Tartu_linnavalitsus, lk 120
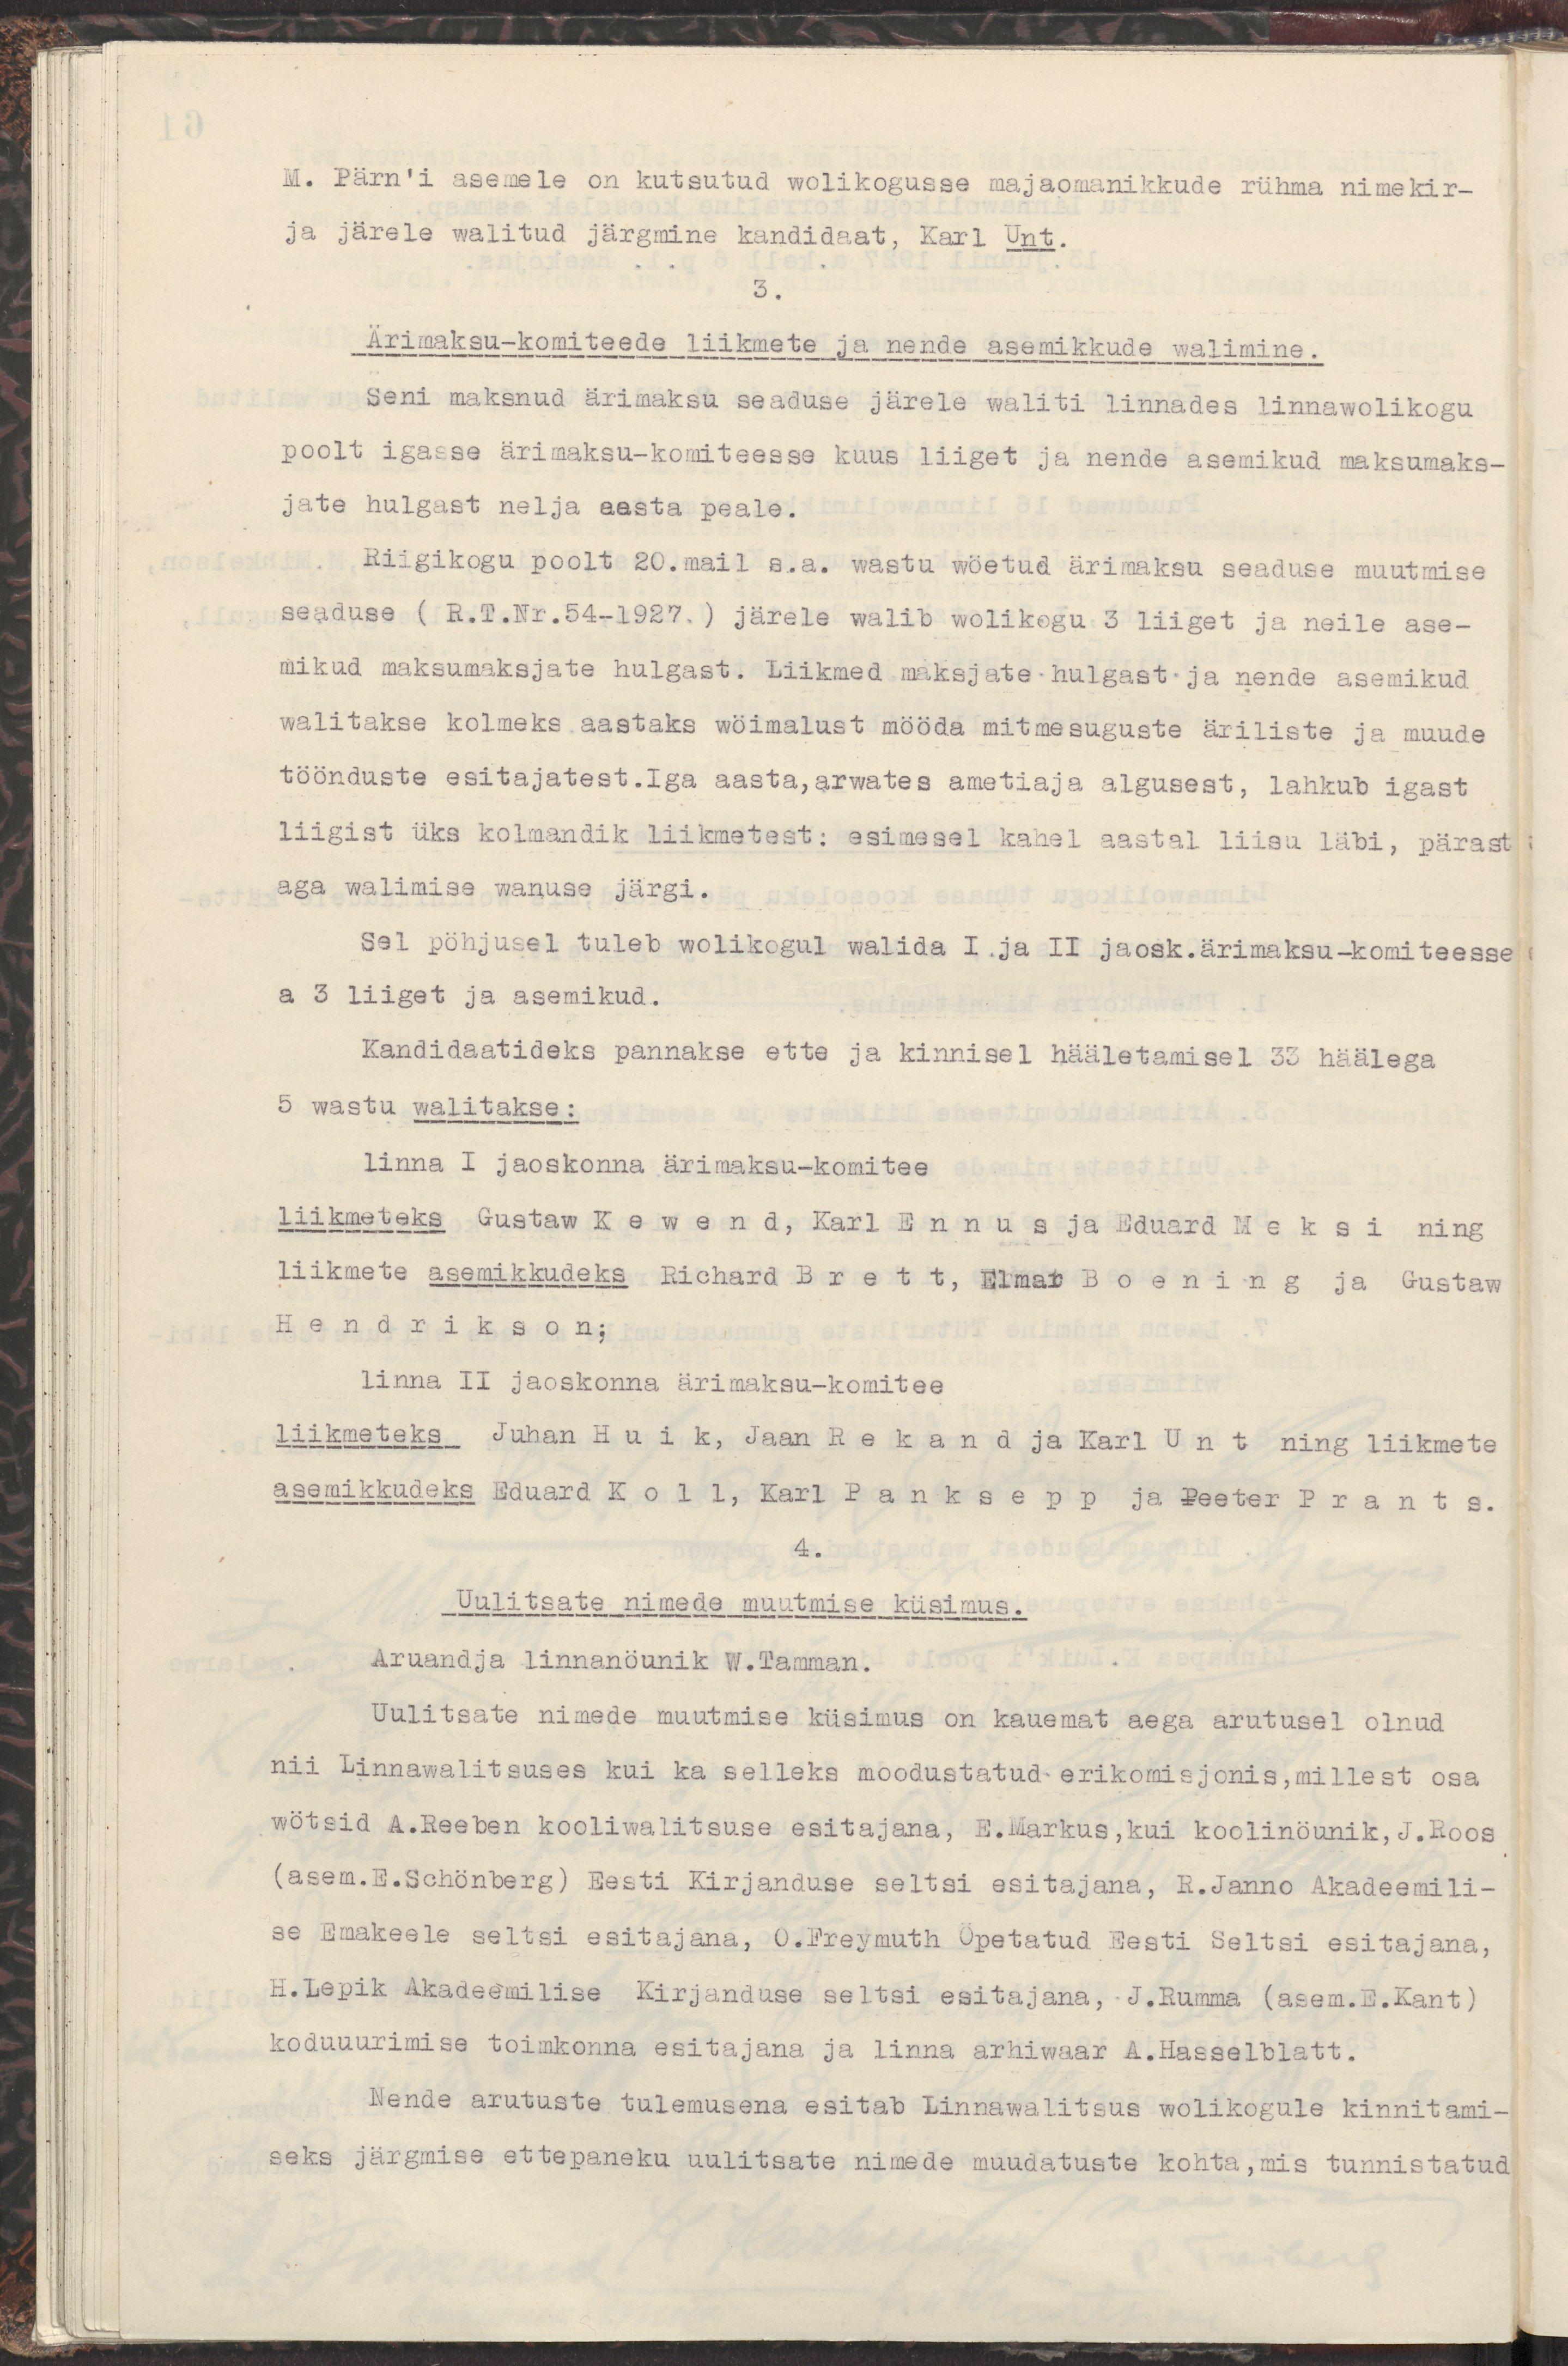
M. Pärn'i asemele on kutsutud wolikogusse majaomanikkude rühma nimekir-
ja järele walitud järgmine kandidaat, Karl Unt.
3.
Ärimaksu-komiteede liikmete ja nende asemikkude walimine.
Seni maksnud ärimaksu seaduse järele waliti linnades linnawolikogu
poolt igasse ärimaksu-komiteesse kuus liiget ja nende asemikud maksumaks-
jate hulgast nelja aasta peale.
Riigikogu poolt 20.mail s.a. wastu wöetud ärimaksu seaduse muutmise
seaduse ( R.T.Nr.54-1927. ) järele walib wolikogu 3 liiget ja neile ase-
mikud maksumaksjate hulgast. Liikmed maksjate hulgast ja nende asemikud
walitakse kolmeks aastaks wöimalust mööda mitmesuguste äriliste ja muude
töönduste esitajatest.Iga aasta,arwates ametiaja algusest, lahkub igast
liigist üks kolmandik liikmetest: esimesel kahel aastal liisu läbi, pärast
aga walimise wanuse järgi.
Sel pöhjusel tuleb wolikogul walida I ja II jaosk.ärimaksu-komiteesse
a 3 liiget ja asemikud.
Kandidaatideks pannakse ette ja kinnisel hääletamisel 33 häälega
5 wastu walitakse:
linna I jaoskonna ärimaksu-komitee
liikmeteks Gustaw Kewend, Karl Ennus ja Eduard Meksi ning
liikmete asemikkudeks Richard Brett, Elmar Boening ja Gustaw
Hendrikson;
linna II jaoskonna ärimaksu-komitee
liikmeteks Juhan Huik, Jaan Rekand ja Karl Unt ning liikmete
asemikkudeks Eduard Koll, Karl Panksepp ja Peeter Prants.
4.
Uulitsate nimede muutmise küsimus.
Aruandja linnanöunik W.Tamman.
Uulitsate nimede muutmise küsimus on kauemat aega arutusel olnud
nii Linnawalitsuses kui ka selleks moodustatud erikomisjonis,millest osa
wötsid A.Reeben kooliwalitsuse esitajana, E.Markus,kui koolinöunik,J.Roos
(asem.E.Schönberg) Eesti Kirjanduse seltsi esitajana, R.Janno Akadeemili-
se Emakeele seltsi esitajana, O.Freymuth Õpetatud Eesti Seltsi esitajana,
H.Lepik Akadeemilise Kirjanduse seltsi esitajana, J.Rumma (asem.E.Kant)
koduuurimise toimkonna esitajana ja linna arhiwaar A.Hasselblatt.
Nende arutuste tulemusena esitab Linnawalitsus wolikogule kinnitami-
seks järgmise ettepaneku uulitsate nimede muudatuste kohta,mis tunnistatud